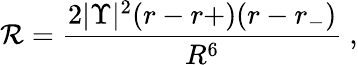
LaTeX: {\cal R}=\frac{2|\Upsilon|^{2}(r-r+)(r-r_{-})}{R^{6}}\ ,